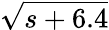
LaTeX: \sqrt{s+6.4}